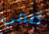
أغمي